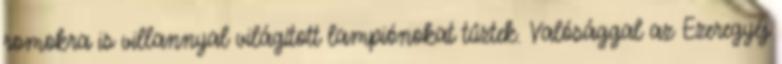
romokra is villannyal világított lampiónokat tûztek. Valósággal az Ezeregyéj